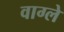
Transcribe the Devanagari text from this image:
वाग्ले